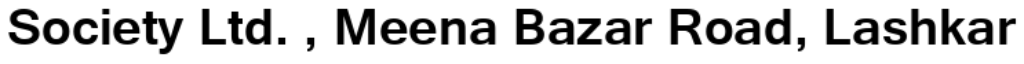
Society Ltd. , Meena Bazar Road, Lashkar